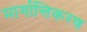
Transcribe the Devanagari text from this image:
मार्गान्तिकरण